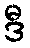
ဒီ